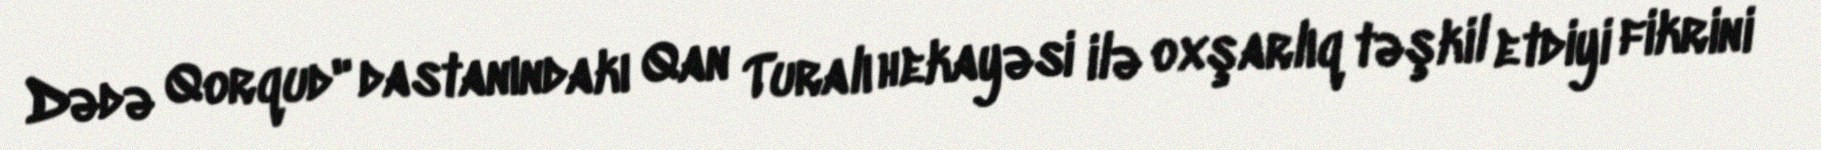
Dədə Qorqud" dastanındakı Qan Turalı hekayəsi ilə oxşarlıq təşkil etdiyi fikrini